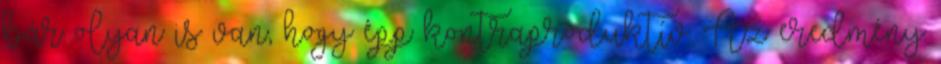
bár olyan is van, hogy épp kontraproduktív. Az eredmény